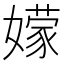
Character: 𭒣